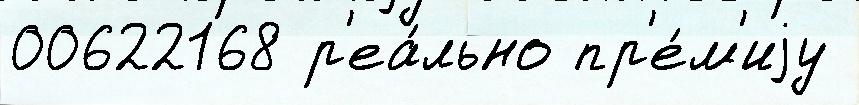
00622168 р'еа́льно пр'е́м'иjу